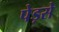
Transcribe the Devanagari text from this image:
पेड़से